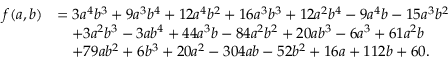
\begin{array} { r l } { f ( a , b ) } & { = 3 a ^ { 4 } b ^ { 3 } + 9 a ^ { 3 } b ^ { 4 } + 1 2 a ^ { 4 } b ^ { 2 } + 1 6 a ^ { 3 } b ^ { 3 } + 1 2 a ^ { 2 } b ^ { 4 } - 9 a ^ { 4 } b - 1 5 a ^ { 3 } b ^ { 2 } } \\ & { \quad + 3 a ^ { 2 } b ^ { 3 } - 3 a b ^ { 4 } + 4 4 a ^ { 3 } b - 8 4 a ^ { 2 } b ^ { 2 } + 2 0 a b ^ { 3 } - 6 a ^ { 3 } + 6 1 a ^ { 2 } b } \\ & { \quad + 7 9 a b ^ { 2 } + 6 b ^ { 3 } + 2 0 a ^ { 2 } - 3 0 4 a b - 5 2 b ^ { 2 } + 1 6 a + 1 1 2 b + 6 0 . } \end{array}